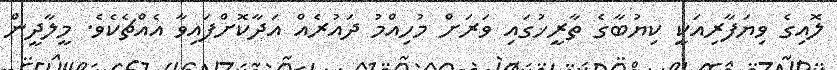
ލޮއިގެ ވިޔަފާރިއަކީ ކިޔުބާގެ ތާރީޚުގައި ވަރަށް މުހިއްމު ދައުރެއް އަދާކޮށްފައިވާ އެއްޗެކެވެ. މީލާދީން